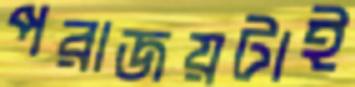
পরাজয়টাই